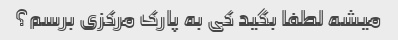
میشه لطفا بگید کی به پارک مرکزی برسم؟